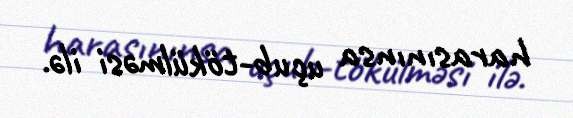
harasınınsa uçub-tökülməsi ilə.